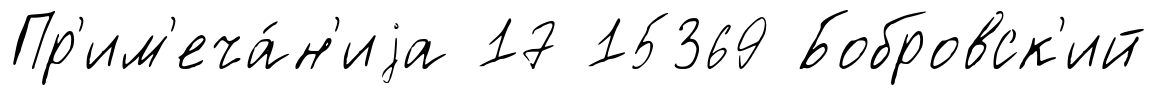
Пр'им'еча́н'иjа 17 15369 Бобровск'ий